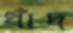
ধাঁদ